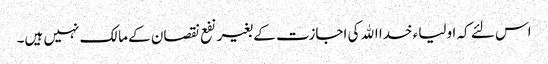
اس لئے کہ اولیاء خدا الله کی اجازت کے بغیر نفع نقصان کے مالک نہیں ہیں۔